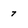
Character: 7